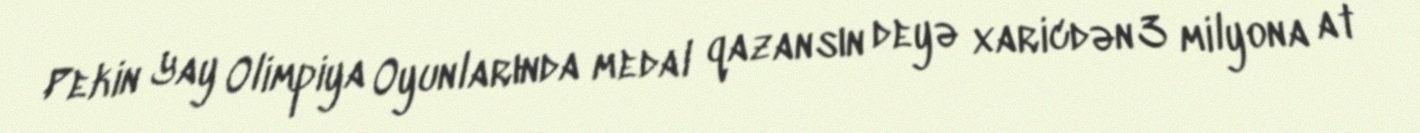
Pekin Yay Olimpiya Oyunlarında medal qazansın deyə xaricdən 3 milyona at